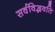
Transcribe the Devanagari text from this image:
सर्वविद्भवति